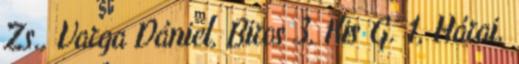
Zs., Varga Dániel, Biros 3, Kis G. 1, Hárai,